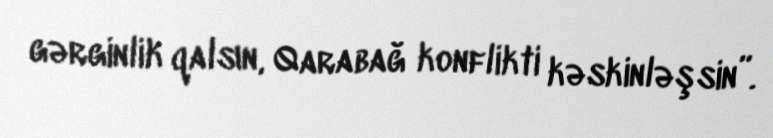
gərginlik qalsın, Qarabağ konflikti kəskinləşsin”.